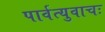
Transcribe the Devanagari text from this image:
पार्वत्युवाचः